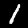
Digit: 1